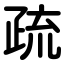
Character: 疏